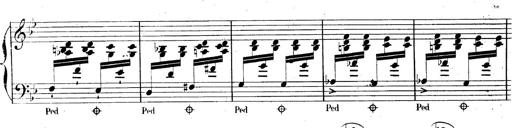
Title: AnnÃ©es de pÃ¨lerinage II, SupplÃ©ment
Composer: Franz Liszt